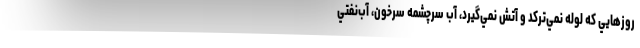
روزهايي كه لوله نمي‌تركد و آتش نمي‌گيرد، آب سرچشمه سرخون، آب‌نفتي